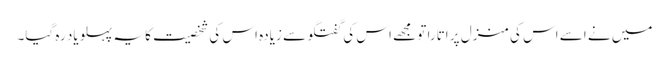
میں نے اسے اس کی منزل پر اتارا تو مجھے اس کی گفتگو سے زیادہ اس کی شخصیت کا یہ پہلو یاد رہ گیا۔